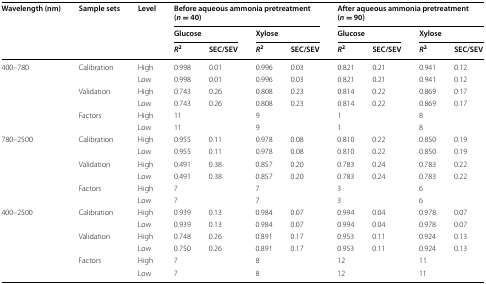
<table><thead><tr><td rowspan="3"><b>Wavelength (nm)</b></td><td rowspan="3"><b>Sample sets</b></td><td rowspan="3"><b>Level</b></td><td colspan="4"><b>Before aqueous ammonia pretreatment (<i>n</i> = 40)</b></td><td colspan="4"><b>After aqueous ammonia pretreatment (<i>n</i> = 90)</b></td></tr><tr><td colspan="2"><b>Glucose</b></td><td colspan="2"><b>Xylose</b></td><td colspan="2"><b>Glucose</b></td><td colspan="2"><b>Xylose</b></td></tr><tr><td><b><i>R</i><sup>2</sup></b></td><td><b>SEC/SEV</b></td><td><b><i>R</i><sup>2</sup></b></td><td><b>SEC/SEV</b></td><td><b><i>R</i><sup>2</sup></b></td><td><b>SEC/SEV</b></td><td><b><i>R</i><sup>2</sup></b></td><td><b>SEC/SEV</b></td></tr></thead><tbody><tr><td rowspan="6">400–780</td><td rowspan="2">Calibration</td><td>High</td><td>0.998</td><td>0.01</td><td>0.996</td><td>0.03</td><td>0.821</td><td>0.21</td><td>0.941</td><td>0.12</td></tr><tr><td>Low</td><td>0.998</td><td>0.01</td><td>0.996</td><td>0.03</td><td>0.821</td><td>0.21</td><td>0.941</td><td>0.12</td></tr><tr><td rowspan="2">Validation</td><td>High</td><td>0.743</td><td>0.26</td><td>0.808</td><td>0.23</td><td>0.814</td><td>0.22</td><td>0.869</td><td>0.17</td></tr><tr><td>Low</td><td>0.743</td><td>0.26</td><td>0.808</td><td>0.23</td><td>0.814</td><td>0.22</td><td>0.869</td><td>0.17</td></tr><tr><td rowspan="2">Factors</td><td>High</td><td colspan="2">11</td><td colspan="2">9</td><td colspan="2">1</td><td colspan="2">8</td></tr><tr><td>Low</td><td colspan="2">11</td><td colspan="2">9</td><td colspan="2">1</td><td colspan="2">8</td></tr><tr><td rowspan="6">780–2500</td><td rowspan="2">Calibration</td><td>High</td><td>0.955</td><td>0.11</td><td>0.978</td><td>0.08</td><td>0.810</td><td>0.22</td><td>0.850</td><td>0.19</td></tr><tr><td>Low</td><td>0.955</td><td>0.11</td><td>0.978</td><td>0.08</td><td>0.810</td><td>0.22</td><td>0.850</td><td>0.19</td></tr><tr><td rowspan="2">Validation</td><td>High</td><td>0.491</td><td>0.38</td><td>0.857</td><td>0.20</td><td>0.783</td><td>0.24</td><td>0.783</td><td>0.22</td></tr><tr><td>Low</td><td>0.491</td><td>0.38</td><td>0.857</td><td>0.20</td><td>0.783</td><td>0.24</td><td>0.783</td><td>0.22</td></tr><tr><td rowspan="2">Factors</td><td>High</td><td colspan="2">7</td><td colspan="2">7</td><td colspan="2">3</td><td colspan="2">6</td></tr><tr><td>Low</td><td colspan="2">7</td><td colspan="2">7</td><td colspan="2">3</td><td colspan="2">6</td></tr><tr><td rowspan="6">400–2500</td><td rowspan="2">Calibration</td><td>High</td><td>0.939</td><td>0.13</td><td>0.984</td><td>0.07</td><td>0.994</td><td>0.04</td><td>0.978</td><td>0.07</td></tr><tr><td>Low</td><td>0.939</td><td>0.13</td><td>0.984</td><td>0.07</td><td>0.994</td><td>0.04</td><td>0.978</td><td>0.07</td></tr><tr><td rowspan="2">Validation</td><td>High</td><td>0.748</td><td>0.26</td><td>0.891</td><td>0.17</td><td>0.953</td><td>0.11</td><td>0.924</td><td>0.13</td></tr><tr><td>Low</td><td>0.750</td><td>0.26</td><td>0.891</td><td>0.17</td><td>0.953</td><td>0.11</td><td>0.924</td><td>0.13</td></tr><tr><td rowspan="2">Factors</td><td>High</td><td colspan="2">7</td><td colspan="2">8</td><td colspan="2">12</td><td colspan="2">11</td></tr><tr><td>Low</td><td colspan="2">7</td><td colspan="2">8</td><td colspan="2">12</td><td colspan="2">11</td></tr></tbody></table>